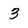
Character: 3